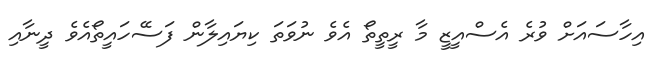
އިހާސައަށް ވުރެ އެސްއީޒީ މާ ރީތީތޯ އެވެ ނުވަތަ ކިޔައިލާން ފަސޭހައީތޯއެވެ ދީނާއި